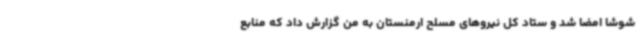
شوشا امضا شد و ستاد کل نیروهای مسلح ارمنستان به من گزارش داد که منابع